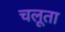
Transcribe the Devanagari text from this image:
चलूता